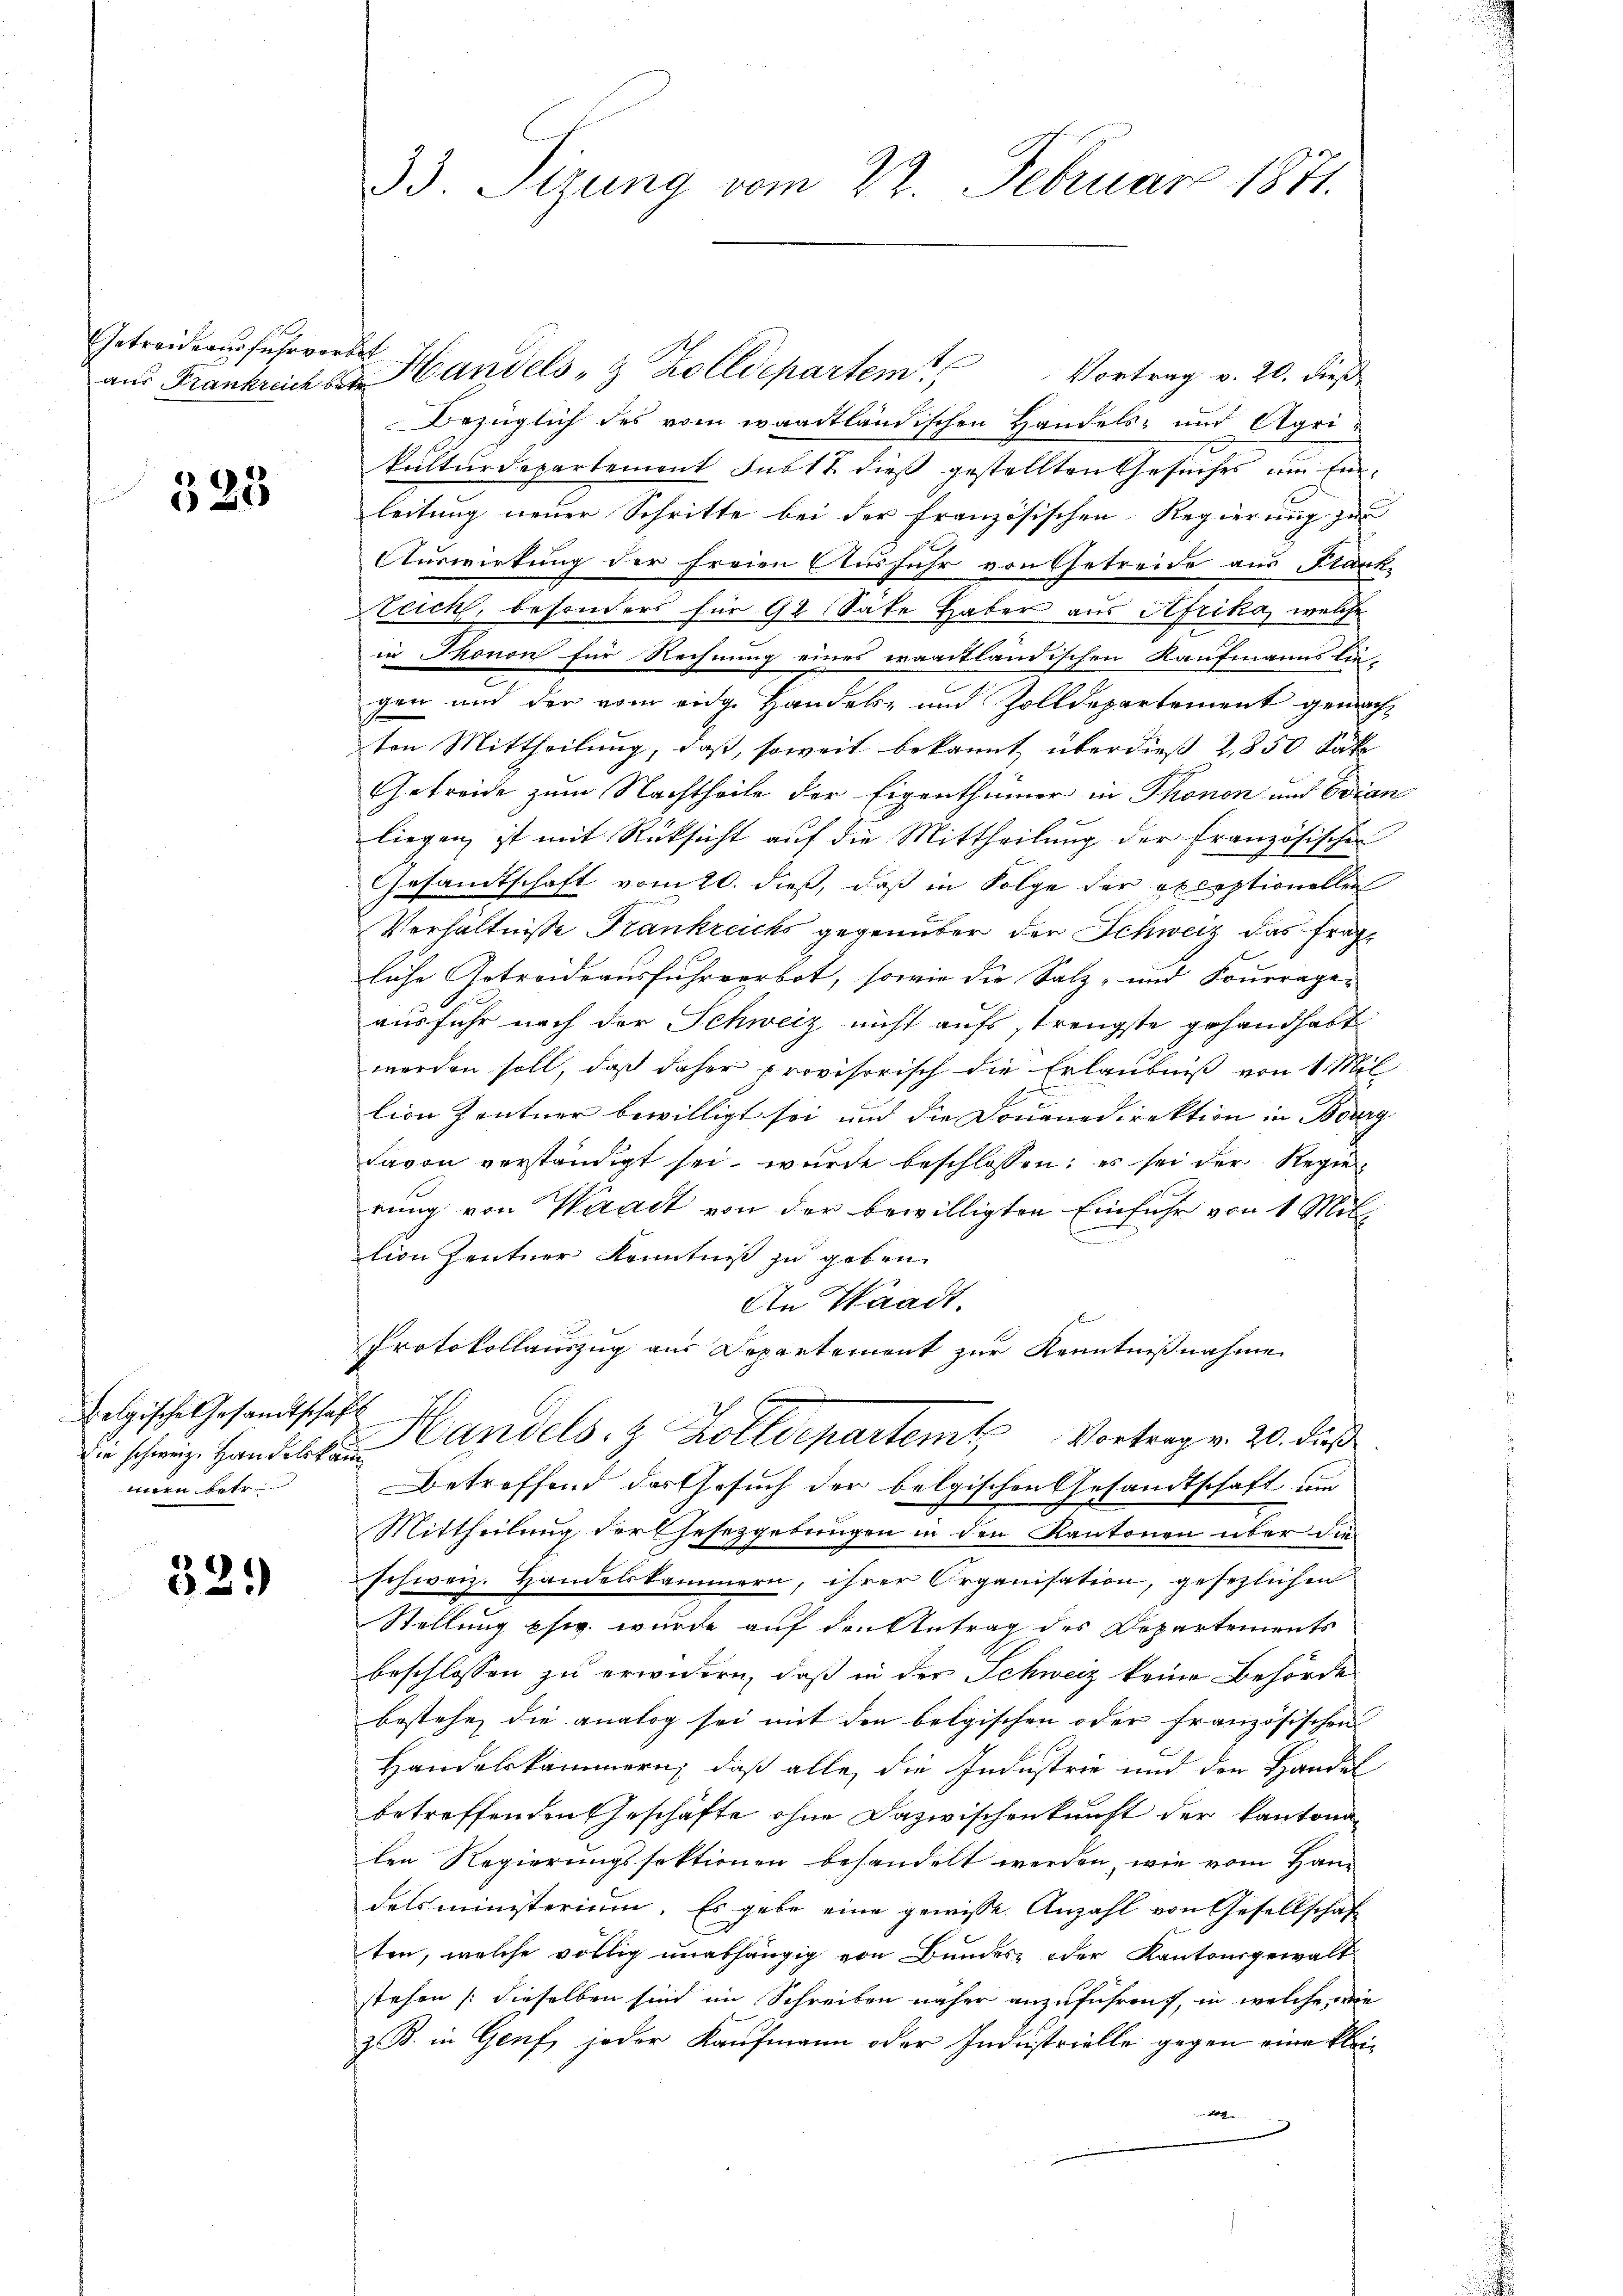
Getreide ausführordet

523

belgische Gesandtschaf
Die schweiz. Handelskam
teten betr

32.)

33. Sizung vom 22. Februar 1871.

aus Frankreich der Handels- & Zolldepartem Vortrag v. 20. dieß
Bezüglich des vom waadtländischen Handels- und Agrikulturdepartement subst dieß gestellten Gesuches um Einleitung neuer Schritte bei der Französischen Regierung zur
Auswirtung der freien Ausfuhr von Getreide aus Frank-
Zeich, besonders für 92 Säte Haber aus Afrika, welche
in Thonon für Rechnung eines waadtländischen Kaufmanns lie-
gen und der vom eidge Handels- und Zolldepartement gemachten Mittheilung, daß, soweit bekannt überdieß 2,850 Sat
Getreide zum Nachtheile der Eigenthümer in Thonon und Evian
liegen ist mit Rücksicht auf die Mittheilung der französischen
Gesandtschaft vom 20. dieß, daß in Folge der exceptionellen
Verhältnisse Frankreichs gegenüber der Schweiz das fragliche Getreide ausfuhrverbot, sowie die Salz- und Fourrageausfuhr nach der Schweiz nicht aufs strengste gehandhabt
werden soll, daß daher provisorisch die Erlaubniß von 1 Mil
lion Zentner bewilligt sei, und die Douanedirektion in Burg
davon verständigt sei, wurde beschlossen; es sei der Regie
rung von Waadt von der bewilligten Einfuhr von 1 Miltion Zentner Kenntniß zu geben.
An Waadt.
Protokollauszug aus Departement zur Kenntnißnahme
s
Handels. z. Zolldepartem Vortrag v. 20. dieß
Betreffend das Gesuch der belgischen Gesandtschaft um
Mittheilung der Gesetzgebungen in den Kantonen über die
schweiz. Handelskammern, ihrer Organisation, gesezlichen
Stellung pfig wurde auf den Antrag des Departements
beschlossen zu erwidern, daß in der Schweiz keine Behörde
bestehe, die analog sei mit den belgischen oder französischen
Handelskammern, daß alle, die Industrie und der Handel
betreffenden Geschäfte ohne Dazwischenkunft der kantona
len Regierungssektionen behandelt werden, wie vom Handelsministerium. Es gebe eine gewisse Anzahl von Gesellschaf
ten, welche völlig unabhängig von Bundes- oder Kantonsgewaltstehen (dieselben sind im Schreiben näher anzuführen, in welche wie
z. B. in Genf, jeder Kaufmann oder Industrielle gegen eine klei¬
2
.